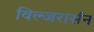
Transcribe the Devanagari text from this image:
विल्जरार्सन